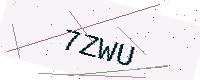
Text: 7ZWU